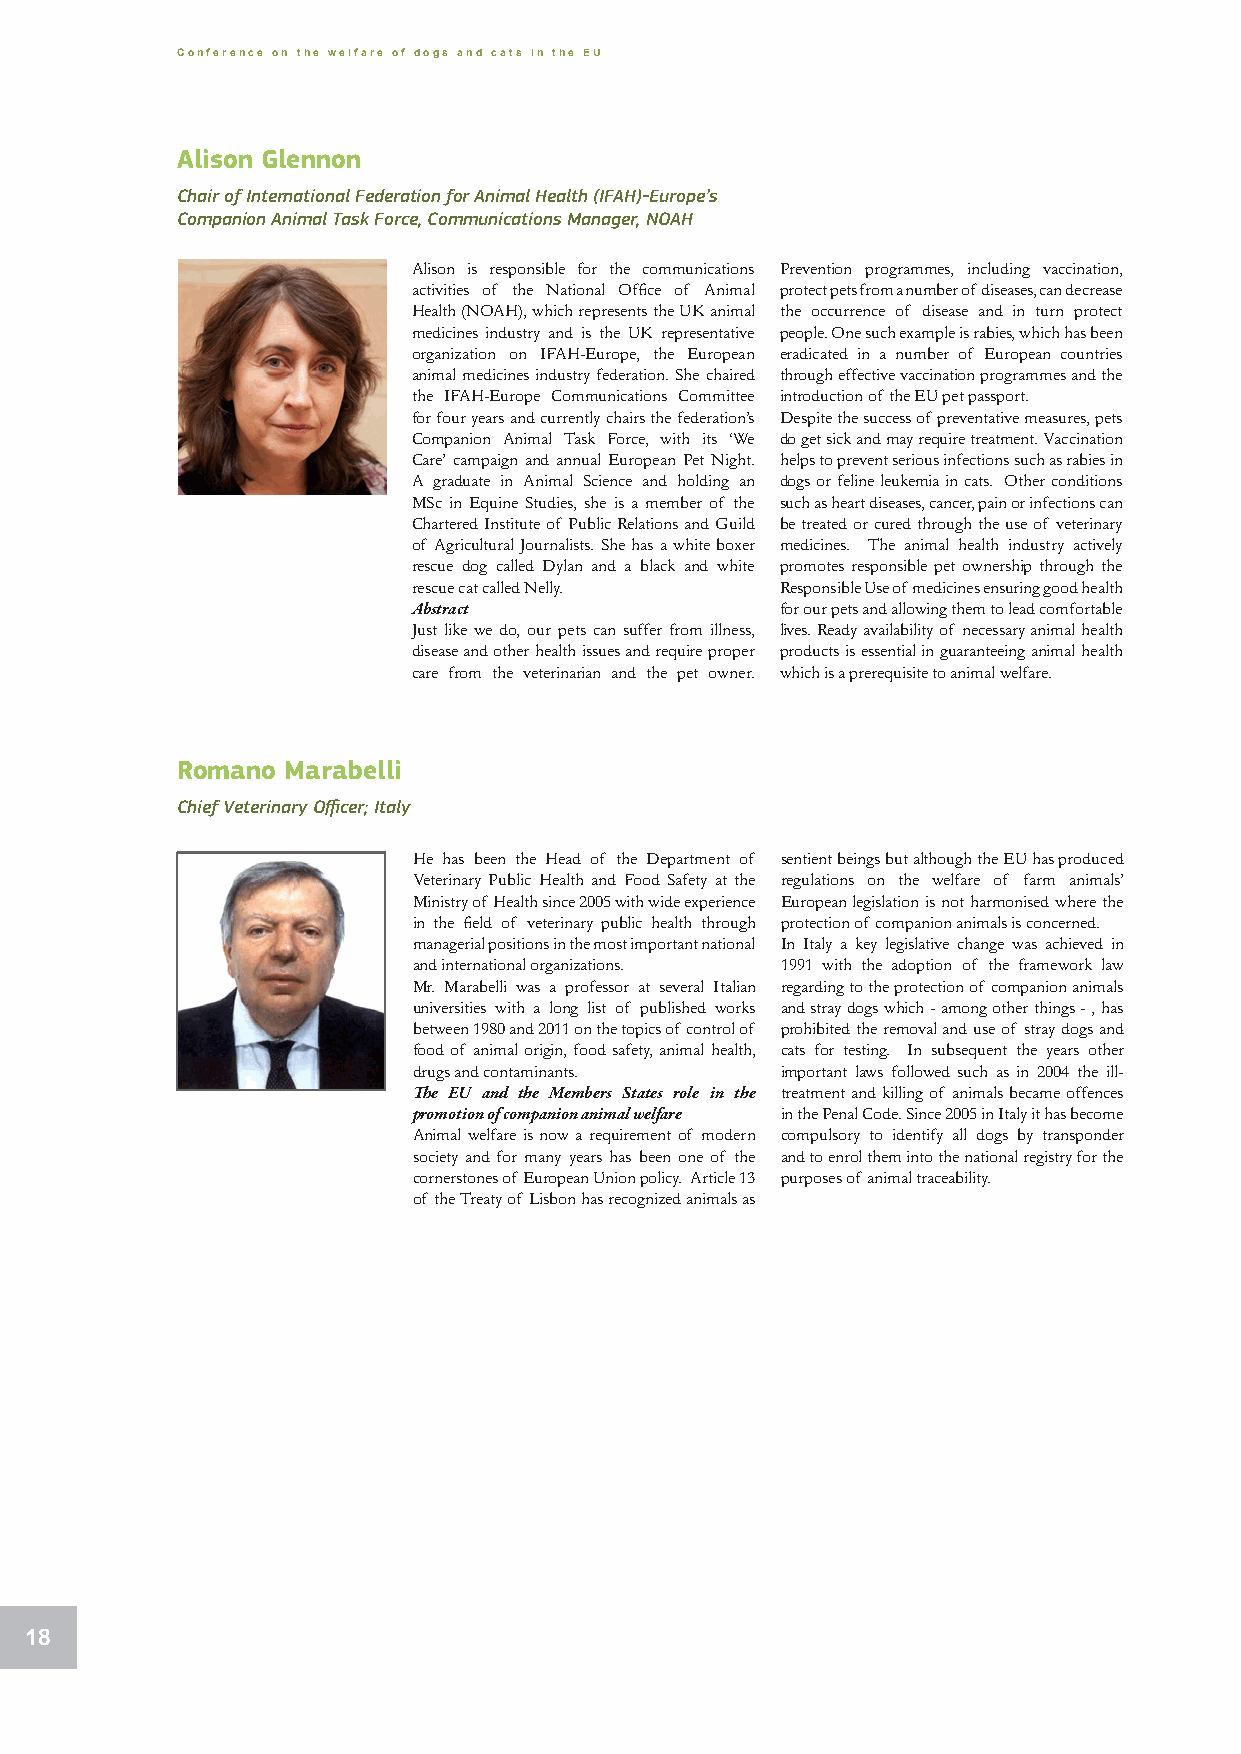
Conference on the welfare of dogs and cats in the EU
 Alison Glennon
 Chair of International Federation for Animal Health (IFAH)-Europe’s
 Companion Animal Task Force, Communications Manager, NOAH
 Alison is responsible for the communications Prevention programmes, including vaccination,
 activities of the National Office of Animal protect pets from a number of diseases, can decrease
 Health (NOAH), which represents the UK animal the occurrence of disease and in turn protect
 medicines industry and is the UK representative people. One such example is rabies, which has been
 organization on IFAH-Europe, the European eradicated in a number of European countries
 animal medicines industry federation. She chaired through effective vaccination programmes and the
 the IFAH-Europe Communications Committee introduction of the EU pet passport.
 for four years and currently chairs the federation’s Despite the success of preventative measures, pets
 Companion Animal Task Force, with its ‘We do get sick and may require treatment. Vaccination
 Care’ campaign and annual European Pet Night. helps to prevent serious infections such as rabies in
 A graduate in Animal Science and holding an dogs or feline leukemia in cats. Other conditions
 MSc in Equine Studies, she is a member of the such as heart diseases, cancer, pain or infections can
 Chartered Institute of Public Relations and Guild be treated or cured through the use of veterinary
 of Agricultural Journalists. She has a white boxer medicines. The animal health industry actively
 rescue dog called Dylan and a black and white promotes responsible pet ownership through the
 rescue cat called Nelly. Responsible Use of medicines ensuring good health
 Abstract                 for our pets and allowing them to lead comfortable
 Just like we do, our pets can suffer from illness, lives. Ready availability of necessary animal health
 disease and other health issues and require proper products is essential in guaranteeing animal health
 care from the veterinarian and the pet owner. which is a prerequisite to animal welfare.
 Romano Marabelli
 Chief Veterinary Officer; Italy
 He has been the Head of the Department of sentient beings but although the EU has produced
 Veterinary Public Health and Food Safety at the regulations on the welfare of farm animals’
 Ministry of Health since 2005 with wide experience European legislation is not harmonised where the
 in the field of veterinary public health through protection of companion animals is concerned.
 managerial positions in the most important national In Italy a key legislative change was achieved in
 and international organizations. 1991 with the adoption of the framework law
 Mr. Marabelli was a professor at several Italian regarding to the protection of companion animals
 universities with a long list of published works and stray dogs which - among other things - , has
 between 1980 and 2011 on the topics of control of prohibited the removal and use of stray dogs and
 food of animal origin, food safety, animal health, cats for testing. In subsequent the years other
 drugs and contaminants.  important laws followed such as in 2004 the ill-
 The EU and the Members States role in the treatment and killing of animals became offences
 promotion of companion animal welfare in the Penal Code. Since 2005 in Italy it has become
 Animal welfare is now a requirement of modern compulsory to identify all dogs by transponder
 society and for many years has been one of the and to enrol them into the national registry for the
 cornerstones of European Union policy. Article 13 purposes of animal traceability.
 of the Treaty of Lisbon has recognized animals as
 18